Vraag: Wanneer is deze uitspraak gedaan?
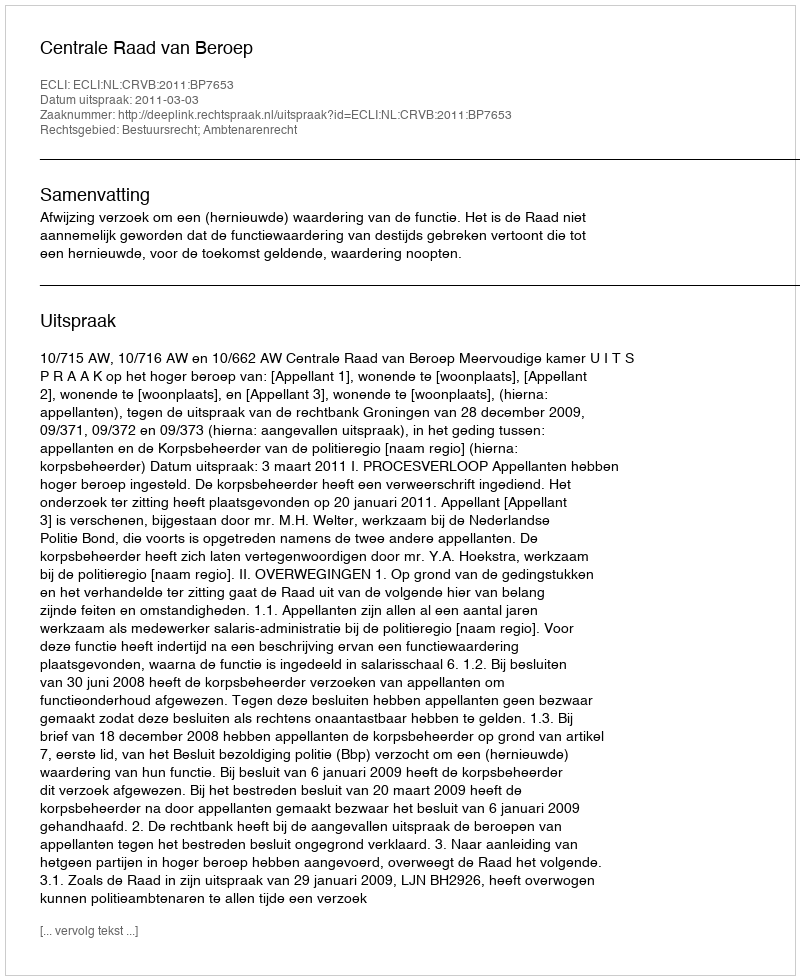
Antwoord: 2011-03-03